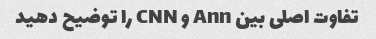
تفاوت اصلی بین Ann و CNN را توضیح دهید